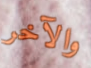
والآخر